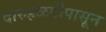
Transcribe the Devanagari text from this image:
दारुहळदीपासून